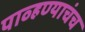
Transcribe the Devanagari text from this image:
पाव्हण्याचंच